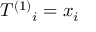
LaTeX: T ^ { ( 1 ) } { _ { i } } = x _ { i }